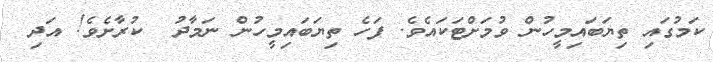
ކަމުގައި ތިޔަބައިމީހުން ވުމަށްޓަކައެވެ. ފަހެ ތިޔަބައިމީހުން ނަމާދު  ކުރާށެވެ! އަދި